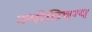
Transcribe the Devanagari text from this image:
ज्योतिषग्य